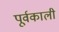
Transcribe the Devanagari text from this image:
पूर्वकाली